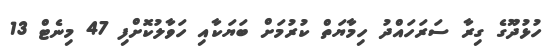
ހުޅުދޫގެ ގިރާ ސަރަހައްދު ހިމާޔަތް ކުރުމަށް ބަޔަކާއި ހަވާލުކޮށްފި 47 މިނެޓް 13